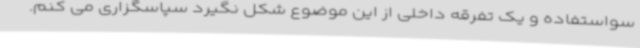
سواستفاده و یک تفرقه داخلی از این موضوع شکل نگیرد سپاسگزاری می کنم.